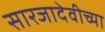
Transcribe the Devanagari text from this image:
सारजादेवीच्या